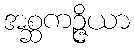
အစ္ဆကဉ္ဇိယာ